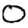
Digit: 0